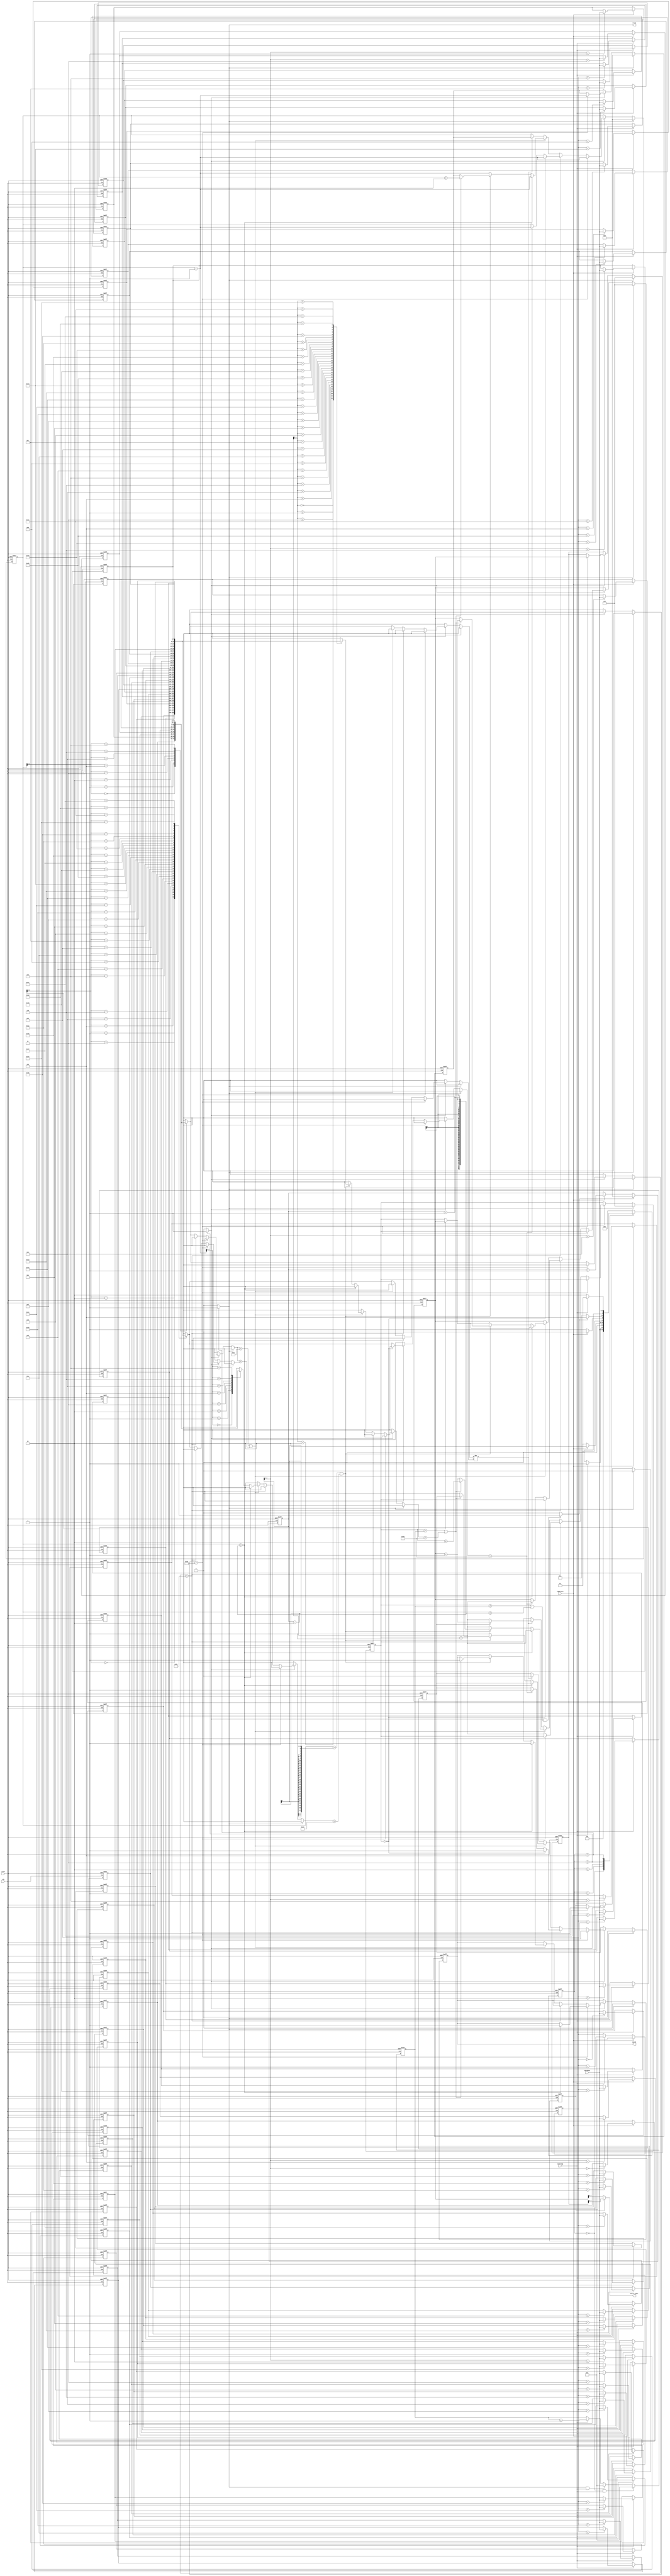
module SME(clk,reset,chardata,isstring,ispattern,valid,match,match_index);
input	clk;
input 	reset;
input 	[7:0]chardata;
input 	isstring;
input 	ispattern;
output 	match;
output 	[4:0]match_index;
output 	valid;

reg 	match;
reg 	valid;

reg	[2:0]CurrentState;
reg     [2:0]NextState;
reg	load_string;
reg	load_pattern;
reg	calculate;
reg	calculate_finish;

reg	[4:0]string_counter;
reg     [4:0]string_counter1;
reg	[7:0]strings[31:0];

reg     [3:0]pattern_counter;
reg	[7:0]patterns[7:0];

reg	hit;
reg	star;

reg	[5:0]i;
reg	[3:0]j;
reg	[5:0]index;
reg	[5:0]index_i;
reg	[3:0]index_j;

integer	k;

assign match_index = (star) ? index : index_i;

always@(*)begin
	if(calculate && (i > string_counter || (j > pattern_counter - 1)))
		calculate_finish = 1;
	else
		calculate_finish = 0;
end

always@(posedge clk or posedge reset)begin
	if(reset)begin
		i <= 6'b0;
		j <= 4'b0;
		index <= 6'b0;
		index_i <= 6'b0;
		index_j <= 4'b0;
		hit <= 0;
		star <= 0;
		match <= 0;
	end
	else if(valid)begin
		i <= 6'b0;
                j <= 4'b0;
                index <= 6'b0;
                index_i <= 6'b0;
                index_j <= 4'b0;
		hit <= 0;
                star <= 0;
		match <= 0;
	end
	else if(calculate)begin
		if(patterns[j] == 8'h2a)begin
			if(j == pattern_counter - 1)
				match <= 1;
			hit <= 1;
			star <= 1;
			index <= index_i;
			index_i <= i;
			index_j <= j + 1;
			j <= j + 1;
		end
		else if(patterns[j] == 8'h5e)begin
			if(i == 6'b0)begin
				hit <= 1;
				index_i <= i;
				j <= j + 1;
			end
			else if(strings[i] == 8'h20)begin
				hit <= 1;
				index_i <= i + 1;
				i <= i + 1;
				j <= j + 1;
			end
			else
				i <= i + 1;
		end
		else if((patterns[j] == 8'h2e) || (patterns[j] == strings[i]))begin
			if(j == pattern_counter - 1)begin
				if(hit == 0)
					index_i <= i;
                                match <= 1;
				i <= i + 1;
                                j <= j + 1;
			end
			else if((j == pattern_counter - 2) && (patterns[j + 1] == 8'h24))begin
				if((i == string_counter) || (strings[i + 1] == 8'h20))begin
					if(hit == 0)
                                        	index_i <= i;
					match <= 1;
					i <= i + 2;
                                	j <= j + 2;
				end
				else begin
					i <= index_i + 1;
                               		j <= index_j;
                               		hit <= 0;
				end
			end
			else if(hit == 0)begin
				hit <= 1;
				index_i <= i;
				i <= i + 1;
				j <= j + 1;
			end
			else begin
				i <= i + 1;
                                j <= j + 1;
			end
		end
		else if(patterns[j] != strings[i])begin
			if(hit)begin
				i <= index_i + 1;
				j <= index_j;
				hit <= 0;
			end
			else begin
				i <= i + 1;
				j <= index_j;
			end
		end
	end
end

always@(posedge clk or posedge reset)begin
	if(reset)
		string_counter <= 5'b0;
	else if(CurrentState == 3'b0 && isstring)
		string_counter <= 5'b0;
	else if(valid && isstring)
                string_counter <= 5'b0;
	else if(isstring)
		string_counter <= string_counter + 5'b1;
end

always@(posedge clk or posedge reset)begin
	if(reset)
		string_counter1 <= 5'b0;
	else if(ispattern)
		string_counter1 <= 5'b0;
	else if(isstring)
		string_counter1 <= string_counter1 + 5'b1;
end

always@(posedge clk or posedge reset)begin
	if(reset)begin
		for(k = 0; k < 32; k = k + 1)
			strings[k] <= 8'b0;
	end
	else if(isstring)
		strings[string_counter1] <= chardata;
end

always@(posedge clk or posedge reset)begin
	if(reset)
                pattern_counter <= 4'b0;
	else if(calculate_finish)
                pattern_counter <= 4'b0;
	else if(ispattern)
		pattern_counter <= pattern_counter + 4'b1;
end

always@(posedge clk or posedge reset)begin
	if(reset)begin
		for(k = 0; k < 8; k = k + 1)
                        patterns[k] <= 8'b0;
	end
	else begin
        	if(ispattern)
                	patterns[pattern_counter] <= chardata;
	end
end

always@(posedge clk or posedge reset)begin
	if(reset)
		CurrentState <= 3'b0;
	else
		CurrentState <= NextState;
end

always@(*)begin
	case(CurrentState)
		3'b0:begin
			if(isstring)
				NextState = 3'b001;
			else
				NextState = 3'b0;
		end
		3'b001:begin
			if(ispattern)
				NextState = 3'b010;
			else
				NextState = 3'b001;
                end
		3'b010:begin
			if(!ispattern)
				NextState = 3'b011;
			else
				NextState = 3'b010;
                end
		3'b011:begin
			if(calculate_finish)
				NextState = 3'b100;
			else
				NextState = 3'b011;
                end
		3'b100:begin
			if(isstring)
				NextState = 3'b001;
			else
				NextState = 3'b010;
		end
		default:
			NextState = 3'b0;
	endcase
end

always@(*)begin
	case(CurrentState)
		3'b0:begin
			valid = 0;
			load_string = 0;
			load_pattern = 0;
			calculate = 0;
                end
                3'b001:begin
			valid = 0;
			load_string = 1;
			load_pattern = 0;
			calculate = 0;
                end
                3'b010:begin
			valid = 0;
			load_string = 0;
			load_pattern = 1;
			calculate = 0;
                end
                3'b011:begin
			valid = 0;
			load_string = 0;
			load_pattern = 0;
			calculate = 1;
                end
                3'b100:begin
			valid = 1;
			load_string = 0;
			load_pattern = 0;
			calculate = 0;
		end
                default:begin
			valid = 0;
			load_string = 0;
			load_pattern = 0;
			calculate = 0;
		end
        endcase
end

endmodule